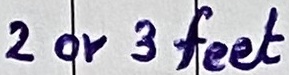
Text: 2 or 3 feet